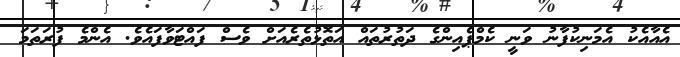
އެއާއެކު އެމަނިކުފާނު ވަނީ ކެމްޕެއިންގެ ދަތުރުތައް އަތޮޅުތެރެއަށް ވެސް ފައްޓަވާފައެވެ. އެންމެ ފުރަތަމަ